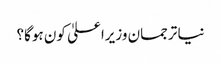
نیا ترجمان وزیراعلیٰ کون ہوگا؟